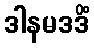
ဒါနမဒဒိံ